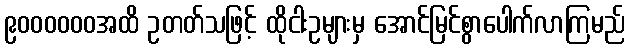
၉၀၀၀၀၀၀အထိ ဥတတ်သဖြင့် ထိုငါးဥများမှ အောင်မြင်စွာပေါက်လာကြမည်